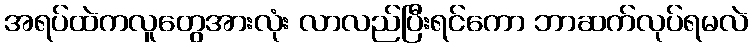
အရပ်ထဲကလူတွေအားလုံး လာလည်ပြီးရင်ကော ဘာဆက်လုပ်ရမလဲ